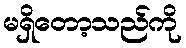
မရှိတော့သည်ကို